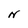
Character: N